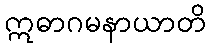
ဣဓာဂမနာယာတိ